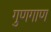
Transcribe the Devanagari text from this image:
गुणगाण